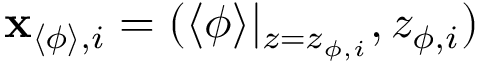
\mathbf { x } _ { \langle \phi \rangle , i } = ( \langle \phi \rangle | _ { z = z _ { \phi , i } } , z _ { \phi , i } )